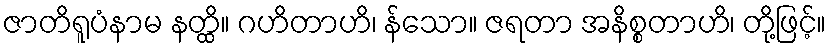
ဇာတိရူပံနာမ နတ္ထိ။ ဂဟိတာဟိ၊ န်သော။ ဇရတာ အနိစ္စတာဟိ၊ တို့ဖြင့်။